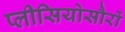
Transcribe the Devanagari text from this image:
प्लीसियोसौरों